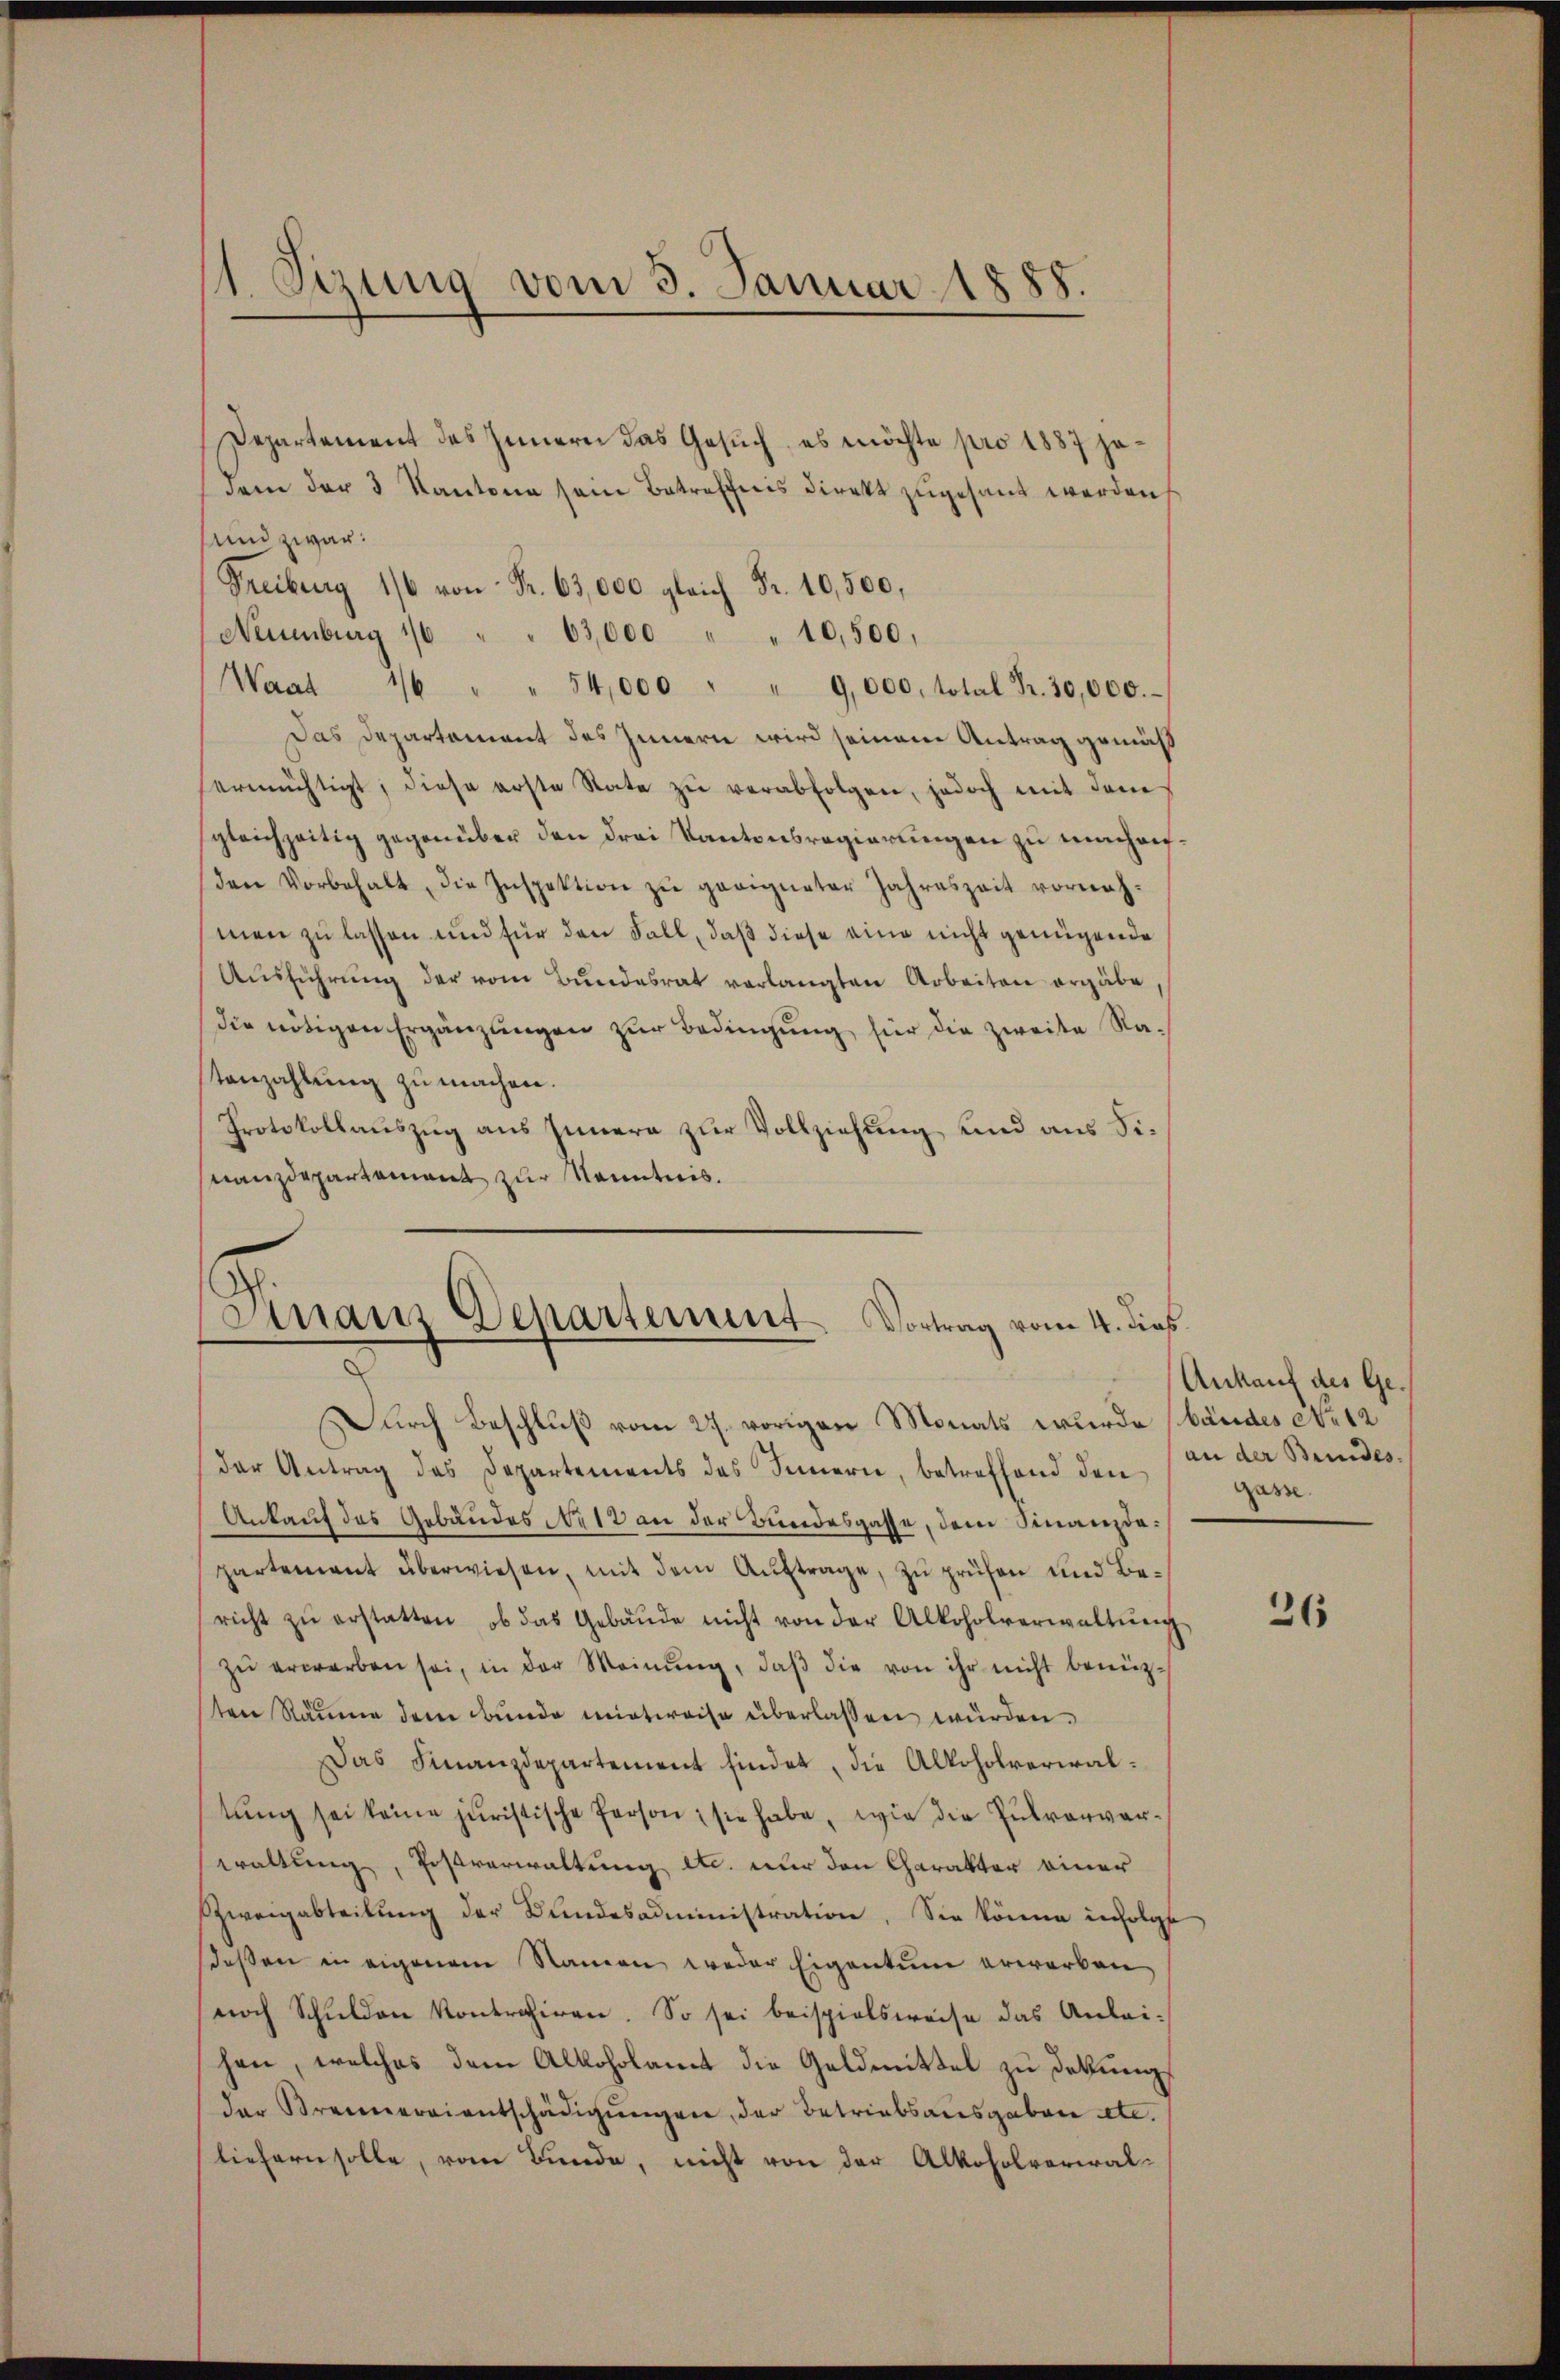
1. Sizung vom 3. Januar 1885

Departement des Innern das Gesuch, es möchte pro 1887 jedem der 3 Kantone sein Betreffnis direkt zugesandt werden
und zwar:
Freiburg 1/6 von Fr. 63,000 gleich Fr. 10,500,
Naumburg 16 " " 63,000 " " 10,500,
Waat
16 " " 54,000 " " 9,000, total Fr. 30,000.
Das Departement des Innern wird seinem Antrag gemäß
ermächtigt, diese erste State zŭ verabfolgen, jedoch mit den
gleichzeitig gegenüber den drei Kantonsregierungen zu unhaufden Vorbehalt, die Inspektion zŭ geeigneter Jahreszeit vornahmen zu lassen und für den Fall, daß diese eine nicht genügende
Aŭsführŭng der vom Bundesrat verlangten Arbeiten ergäbe
die nötigen Ergänzŭngen zŭr Bedingung für die zweite Ra-
tanzahlŭng zŭ machen.
Protokollauszug aus Innern zur Vollziehung und aus Finanzdepartement zur Kenntnis.

Sinaus Departement Vortrag vom 4. dies
2

Durch Beschluß vom 27. vorigen Monats wurde (bäudes No 12
der Antrag des Departements des Innern, betreffend den
Ankauf des Gebäudes No 13 an der Bundesgasse, dem Finanzdapartement überwiesen, mit dem Auftrage, zu prüfen und Bericht zŭ erstatten, ob das Gebäŭde nicht von der Alkoholverwaltŭng
zŭ erwarben sei, in der Meinŭng, daβ die von ihr nicht benütz-
sten Räume dem bunde mietweise überlassen wurden.
Das Finanzdepartement findet, die Alkoholverwaltŭng sei keine juristische Person; sie habe, wie die Pulververwaltung, Postverwaltung etc. nur den Charakter einer
Zweigabteilung der Bundesadministration. Sie könne infolgt
deßen in eigenem Namen weder Eigentum erwarben
noch Schulden Kontrahiren. So sei beispielsweise das Anlei-
hen, welches dem Alkoholamt die Geldmittel zu dekungs
der Brenneraientschädigŭngen der Betriebsausgaben etc.
liefern solle, vom Bunde, nicht von der Alkoholverwal¬

Ankauf des Ge¬
(an der Bundes.
Gasse

26